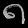
Digit: ၈